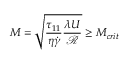
M = \sqrt { \frac { \tau _ { 1 1 } } { \eta \dot { \gamma } } \frac { \lambda U } { \mathcal { R } } } \ge M _ { c r i t }